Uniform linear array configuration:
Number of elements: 24
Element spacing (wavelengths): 0.25
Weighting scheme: kaiser
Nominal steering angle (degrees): -45
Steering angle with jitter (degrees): -43.766
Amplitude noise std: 0.05
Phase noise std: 0.05

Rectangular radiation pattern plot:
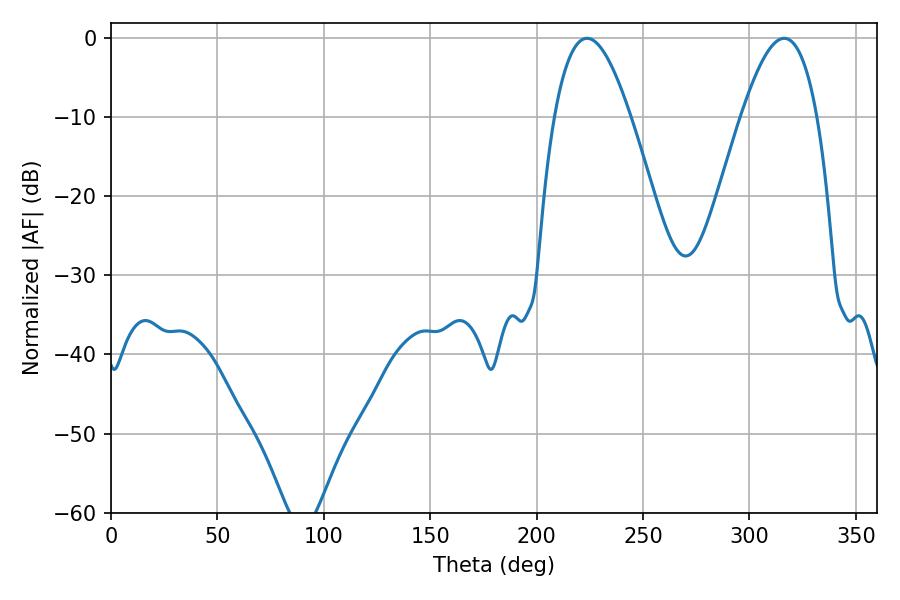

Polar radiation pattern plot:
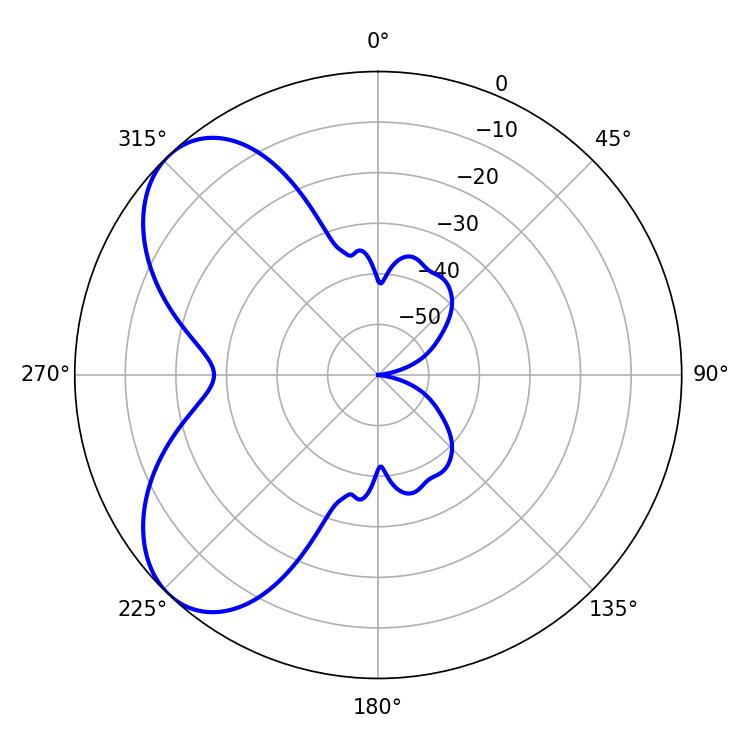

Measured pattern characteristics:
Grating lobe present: FALSE
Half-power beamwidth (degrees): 19.44
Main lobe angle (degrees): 223.74